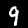
Digit: 9